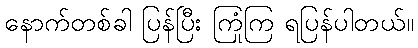
နောက်တစ်ခါ ပြန်ပြီး ကြုံကြ ရပြန်ပါတယ်။